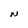
Character: N